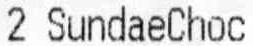
2 SUNDAECHOC